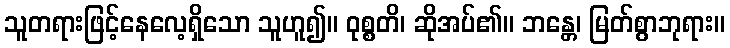
သူတရားဖြင့်နေလေ့ရှိသော သူဟူ၍။ ဝုစ္စတိ၊ ဆိုအပ်၏။ ဘန္တေ၊ မြတ်စွာဘုရား။